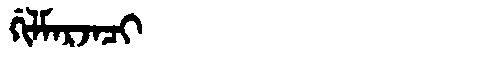
Manchu: ᡤᡳᠯᠮᠠᡵᠵᠠᠴᡳ
Romanization: GILMARJACI